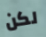
لكن